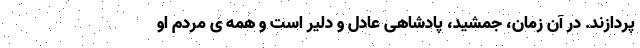
پردازند. در آن زمان، جمشید، پادشاهی عادل و دلیر است و همه ی مردم او